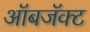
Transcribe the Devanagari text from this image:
ऑबजॅक्ट